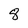
Character: 8